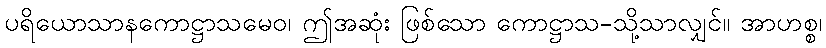
ပရိယောသာနကောဋ္ဌာသမေဝ၊ ဤအဆုံး ဖြစ်သော ကောဋ္ဌာသ-သို့သာလျှင်။ အာဟစ္စ၊